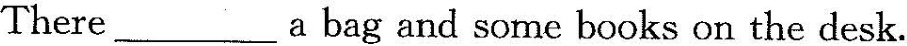
There___a bag and some books on the desk.